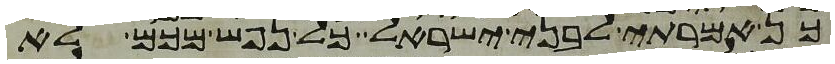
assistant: כן אמרתי לבני ישראל כל נפש מכם לא